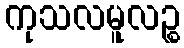
ကုသလမူလဉ္စ